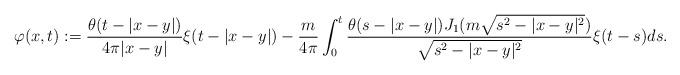
LaTeX: \begin{align*}\varphi(x,t):=\frac{\theta(t-|x-y|)}{4\pi|x-y|}\xi(t-|x-y|)-\frac{m}{4\pi}\int_0^t\frac{\theta(s-|x-y|)J_1(m\sqrt{s^2-|x-y|^2})}{\sqrt{s^2-|x-y|^2}}\xi(t-s)ds.\end{align*}